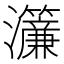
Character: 𤅃